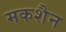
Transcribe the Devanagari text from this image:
मकशैन